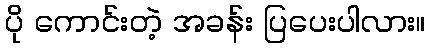
ပို ကောင်းတဲ့ အခန်း ပြပေးပါလား။